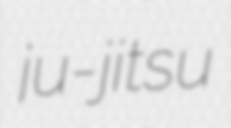
ju-jitsu